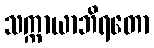
သက္ကာယာဘိရတော